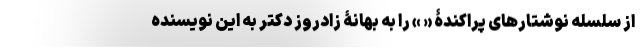
از سلسله نوشتارهای پراکندۀ « » را به بهانۀ زادروز دکتر به این نویسنده